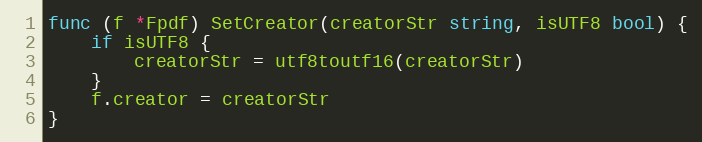
Language: Go
func (f *Fpdf) SetCreator(creatorStr string, isUTF8 bool) {
	if isUTF8 {
		creatorStr = utf8toutf16(creatorStr)
	}
	f.creator = creatorStr
}